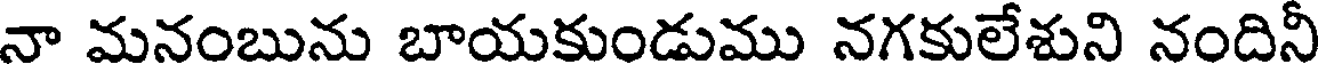
నా మనంబును బాయకుండుము నగకులేశుని నందినీ